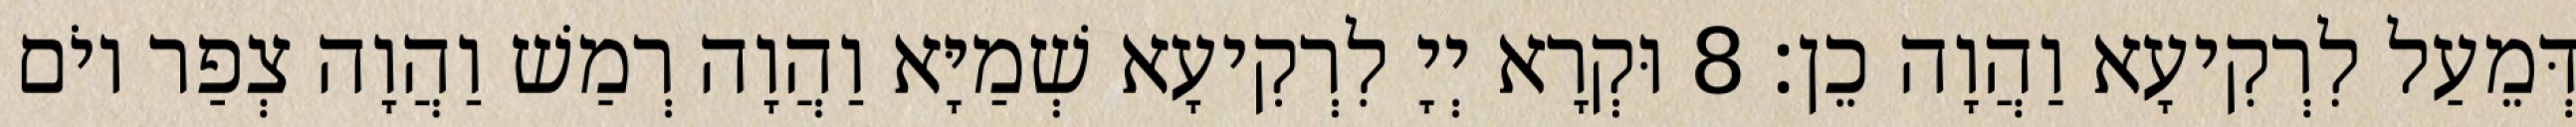
דְּמֵעַל לִרְקִיעָא וַהֲוָה כֵן׃ 8 וּקְרָא יְיָ לִרְקִיעָא שְׁמַיָּא וַהֲוָה רְמַשׁ וַהֲוָה צְפַר יוֹם